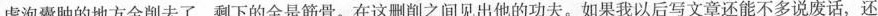
虚泡囊肿的地方全削去了，剩下的全是筋骨。在这删削之间见出他的功夫。如果我以后写文章还能不多说废话，还